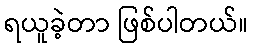
ရယူခဲ့တာ ဖြစ်ပါတယ်။